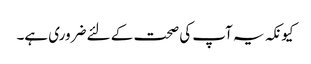
کیونکہ یہ آپ کی صحت کے لئے ضروری ہے۔